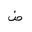
Letter: _dad